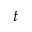
t